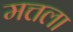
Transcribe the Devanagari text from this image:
मत्तला